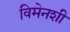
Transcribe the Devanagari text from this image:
विमेनशी